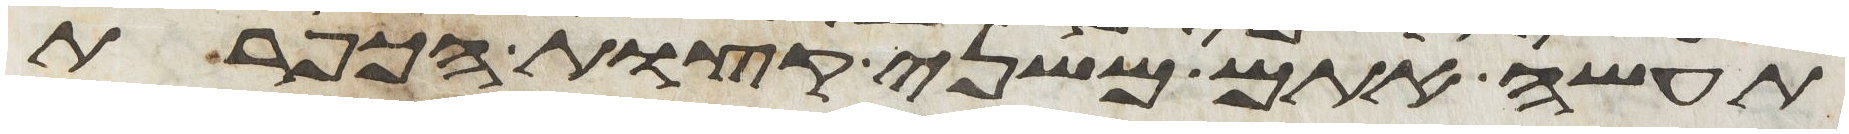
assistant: תעשה אתם משני קצות הכפרת